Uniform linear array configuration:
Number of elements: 48
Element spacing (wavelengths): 0.5
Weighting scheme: binomial
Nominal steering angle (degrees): -15
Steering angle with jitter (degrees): -13.808
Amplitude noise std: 0.05
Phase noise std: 0.05

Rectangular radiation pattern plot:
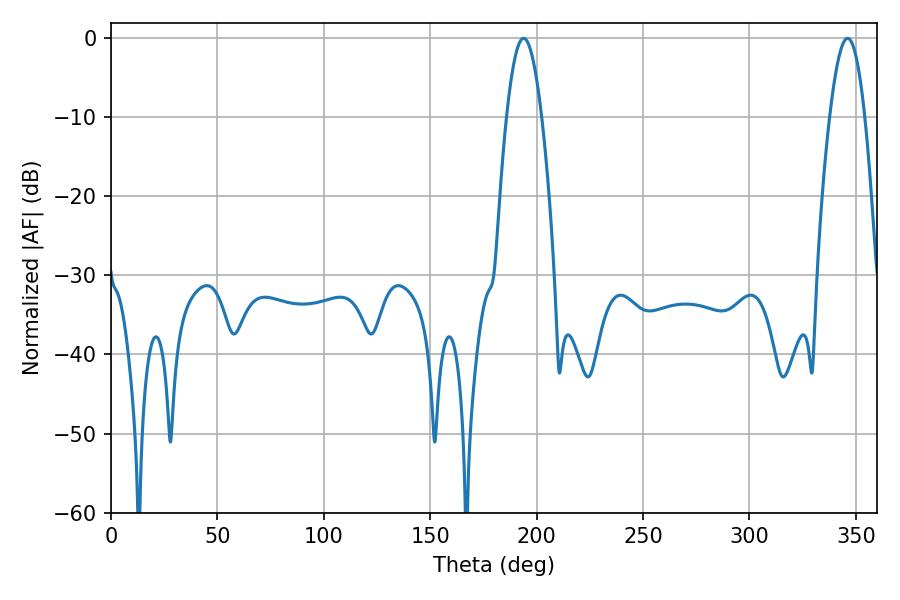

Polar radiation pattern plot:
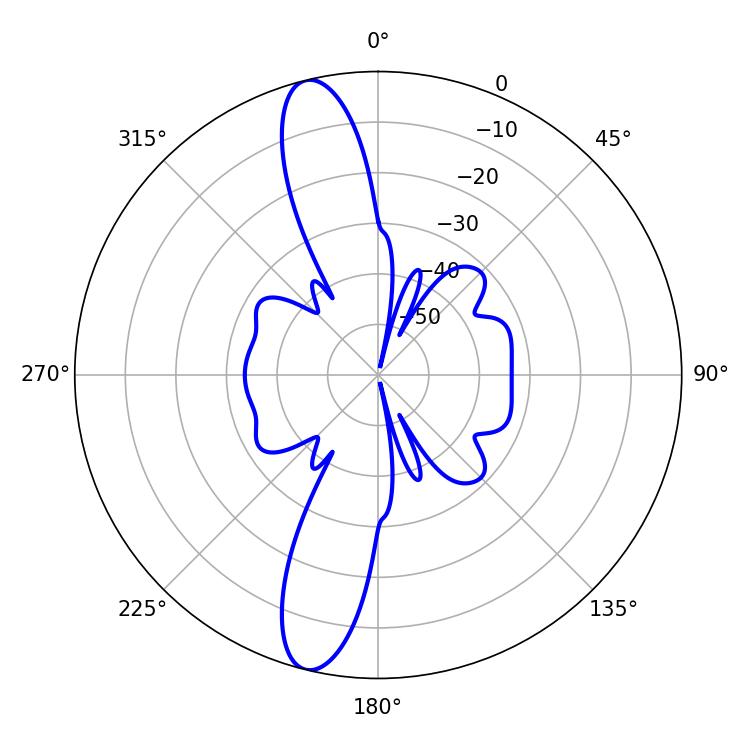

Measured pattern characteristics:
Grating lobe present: FALSE
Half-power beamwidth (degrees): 8.82
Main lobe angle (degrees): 193.86